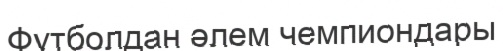
Футболдан әлем чемпиондары